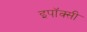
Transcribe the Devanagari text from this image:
इपॉक्सी